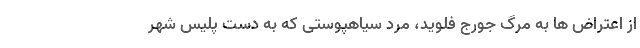
از اعتراض ها به مرگ جورج فلوید، مرد سیاهپوستی که به دست پلیس شهر